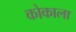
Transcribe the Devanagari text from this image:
कोकाला